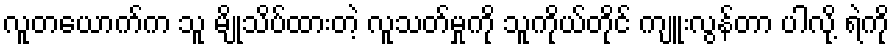
လူတယောက်က သူ မျိုသိပ်ထားတဲ့ လူသတ်မှုကို သူကိုယ်တိုင် ကျူးလွန်တာ ပါလို့ ရဲကို